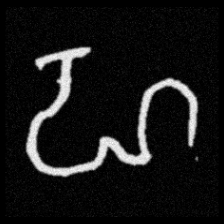
Pyu character \u2014 Myanmar letter: ဟ (romanized: ha)